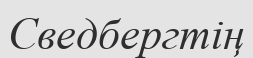
Сведбергтің